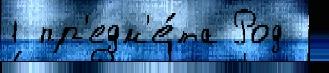
1 пр'едм'е́та Род